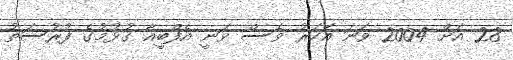
28 އަށް 2004 ވަނަ އަހަރު ވެސް ވަނީ އެފްބީއާ ގުޅުމުގެ ފުރުސަތު